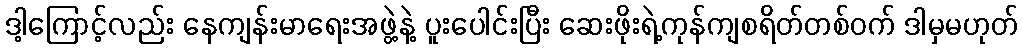
ဒါ့ကြောင့်လည်း နေကျန်းမာရေးအဖွဲ့နဲ့ ပူးပေါင်းပြီး ဆေးဖိုးရဲ့ကုန်ကျစရိတ်တစ်ဝက် ဒါမှမဟုတ်